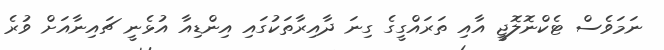
ނަމަވެސް ޓެކްނޮލޮޖީ އާއި ތަރައްގީގެ ގިނަ ދާއިރާތަކުގައި އިންޑިއާ އުޅެނީ ޗައިނާއަށް ވުރެ